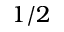
1 / 2